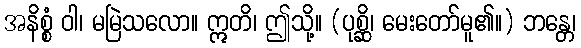
အနိစ္စံ ဝါ၊ မမြဲသလော။ ဣတိ၊ ဤသို့။ (ပုစ္ဆိ၊ မေးတော်မူ၏။) ဘန္တေ၊